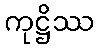
ကုဋ္ဌိဿ